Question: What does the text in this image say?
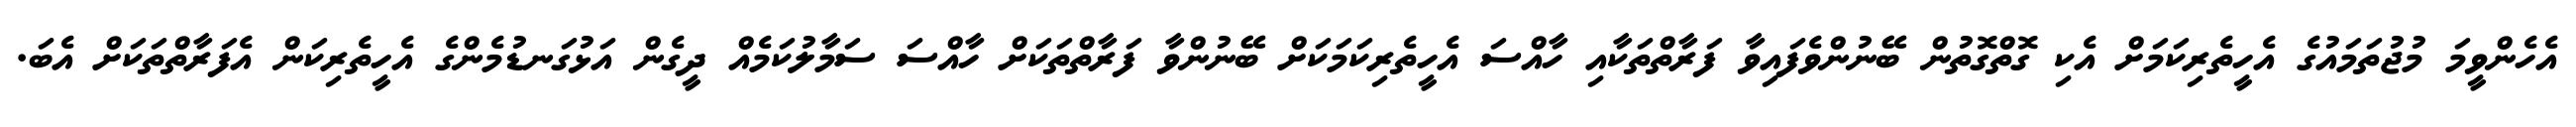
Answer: އެހެންވީމަ މުޖުތަމައުގެ އެހީތެރިކަމަށް އެކި ގޮތްގޮތުން ބޭނުންވެފައިވާ ފަރާތްތަކާއި ހާއްސަ އެހީތެރިކަމަކަށް ބޭނުންވާ ފަރާތްތަކަށް ހާއްސަ ސަމާލުކަމެއް ދީގެން އަޅުގަނޑުމެންގެ އެހީތެރިކަން އެފަރާތްތަކަށް އެބަ.